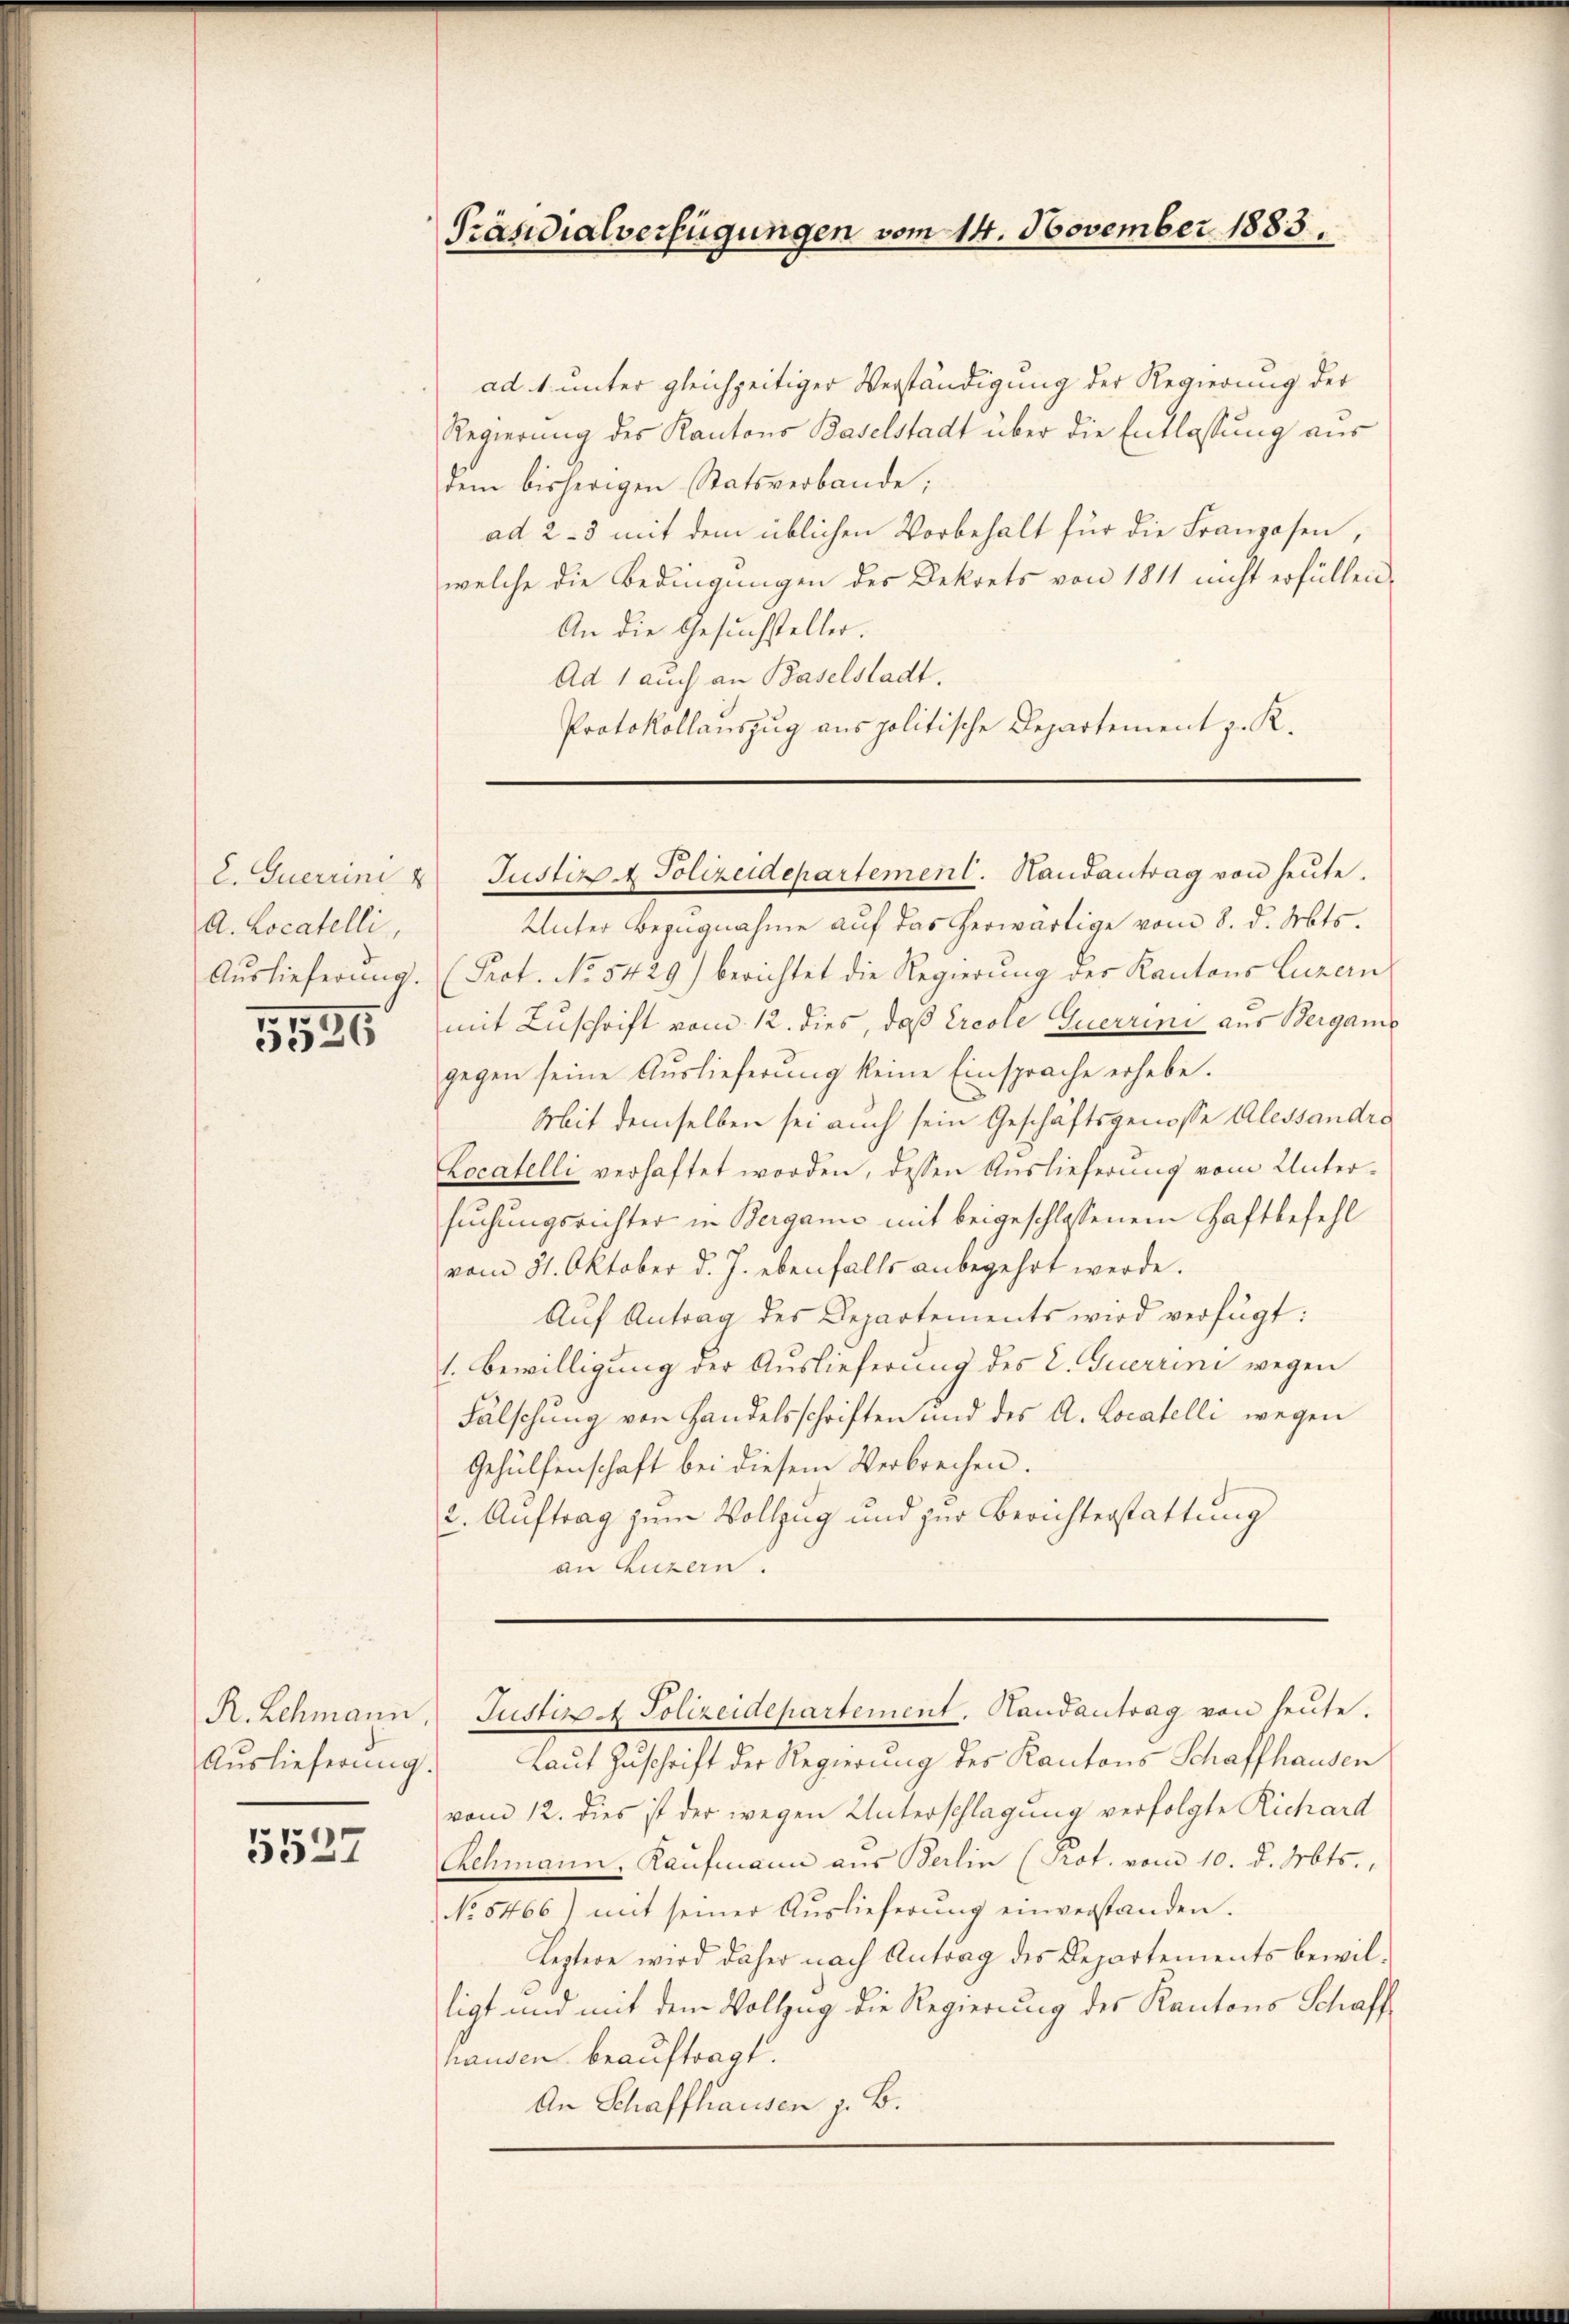
A. Locatelli,

1536

R. Schmann,
Auslieferung.

5527

Präsidialverfügungen vom 14. November 1883.

ad. 1. unter gleichzeitiger Verständigung der Regierung der
Regierung des Kantons Baselstadt über die Entlassung aus
dem bisherigen Statsverbande;
ad 2-3 mit dem üblichen Vorbehalt für die Franzosen,
welche die Bedingungen des Dekrets von 1811 nicht erfüllen,
An die Gesuchsteller.
Ad 1 auch an Baselstadt.
Protokollauszug aus politische Departement z. R.

Unter Bezugnahme auf das herwärtige vom 8. d. Mts.
Aŭslieferŭng. (Prot. No. 5429) berichtet die Regierung der Kantons Luzern
mit Zuschrift vom 12. dies, daß Ercole Querrini aus Bergane
gegen seine Auslieferung keine Einsprache erhebe.
Mit demselben sei auch sein Geschäftsgenosse Alessandre
Locatelli verhaftet worden, dessen Auslieferung vom Untersuchungsrichter in Berganić mit beigeschlossenem Haftbefehl
vom 31. Oktober d. J. ebenfalls anbegehrt werde.
Auf Antrag des Departements wird verfügt:
1. Bewilligung der Auslieferung des L. Guerrini wegen
Fälschung von Handelsschriften und des A. Locatelli wegen
Gehülfenschaft bei diesem Verbrechen.
2. Auftrag zum Vollzug und zur Berichterstattung
an Luzern.

2. Querrini u Justiz & Polizeidepartement. Handantrag von heŭte.

Justiz - Polizeidepartement. Handantrag von heŭte.

Laut Zuschrift der Regierung des Kantons Schaffhausen
vom 12. dies ist der wegen Unterschlagung verfolgte Richard
Achmann, Kaufmann aus Berlin (Prot. vom 10. d. Mts.,
No 5466) mit seiner Auslieferung einverstanden.
Leztere wird daher nach Antrag des Departements bewilligt und mit dem Vollzug die Regierung des Kantons Schaff
hausen beauftragt.
An Schaffhausen z. B.